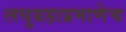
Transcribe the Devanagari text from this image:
लघुग्रहाप्रमाणेच